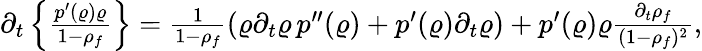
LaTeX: \begin{array}{r}{\partial_{t}\left\lbrace\frac{p^{\prime}(\varrho)\varrho}{1-\rho_{f}}\right\rbrace=\frac{1}{1-\rho_{f}}\left(\varrho\partial_{t}\varrho\, p^{\prime\prime}(\varrho)+p^{\prime}(\varrho)\partial_{t}\varrho\right)+p^{\prime}(\varrho)\varrho\frac{\partial_{t}\rho_{f}}{(1-\rho_{f})^{2}},}\end{array}